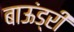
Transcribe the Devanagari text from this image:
बाऊंड्री